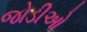
જોડીઓ